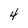
Character: 4